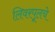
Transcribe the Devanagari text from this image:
लिवरपूलचे